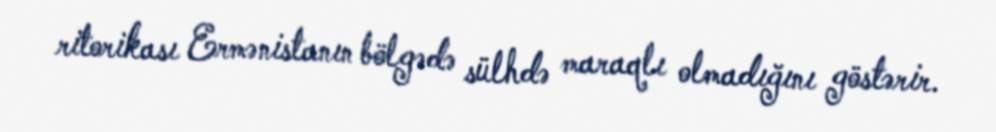
ritorikası Ermənistanın bölgədə sülhdə maraqlı olmadığını göstərir.